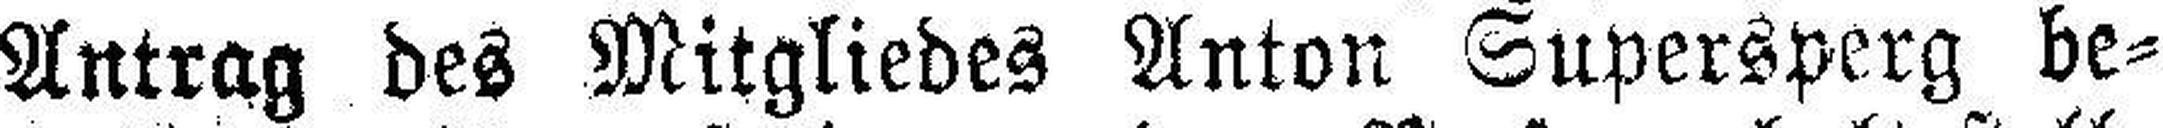
Antrag des Mitgliedes Anton Supersperg be¬